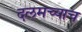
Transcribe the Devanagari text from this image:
दलमच्याच